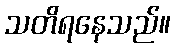
သတိရနေသည်။